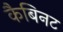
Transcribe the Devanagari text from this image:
कैबिनट